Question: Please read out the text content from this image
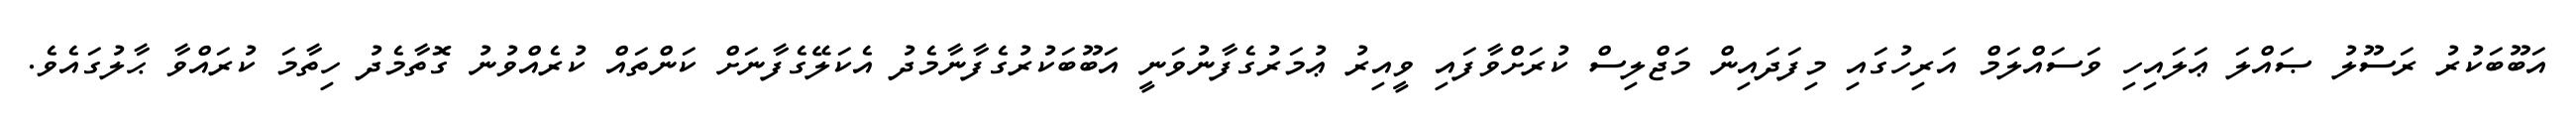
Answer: އަބޫބަކުރު ރަސޫލު ޞައްލަ ޢަލައިހި ވަސައްލަމް އަރިހުގައި މިފަދައިން މަޖްލިސް ކުރަށްވާފައި ވީއިރު ޢުމަރުގެފާނުވަނީ އަބޫބަކުރުގެފާނާމެދު އެކަލޭގެފާނަށް ކަންތައް ކުރެއްވުނު ގޮތާމެދު ހިތާމަ ކުރައްވާ ޙާލުގައެވެ.